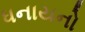
ધનાયનો